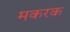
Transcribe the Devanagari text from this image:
मकरक